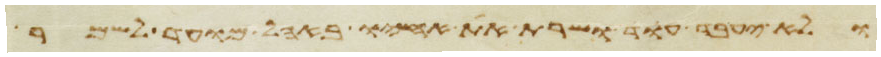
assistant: ולא יעבד עוד ושרת את אחיו באהל מועד לשמר